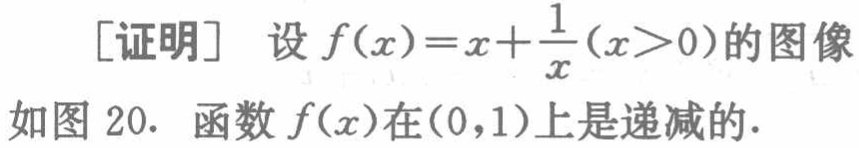
[证明] 设 \(f(x)=x+\frac{1}{x}(x > 0)\) 的图像

如图 20. 函数 \(f(x)\) 在\((0,1)\)上是递减的.